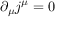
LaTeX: \partial _ { \mu } j ^ { \mu } = 0